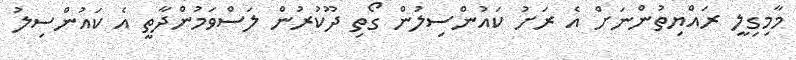
މާމިގިލީ ރައްޔިތުންނަށް އެ ރަށު ކައުންސިލުން ގޯތި ދޫކުރުން ލަސްވަމުންދާތީ އެ ކައުންސިލު